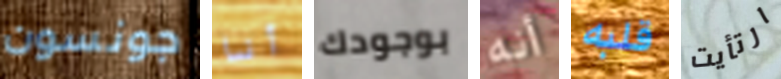
جونسون أنا بوجودك أنه قلبه ارتأيت